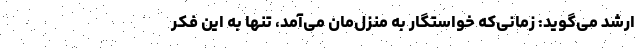
ارشد می‌گوید: زمانی‌که خواستگار به منزل‌مان می‌آمد، تنها به این فکر